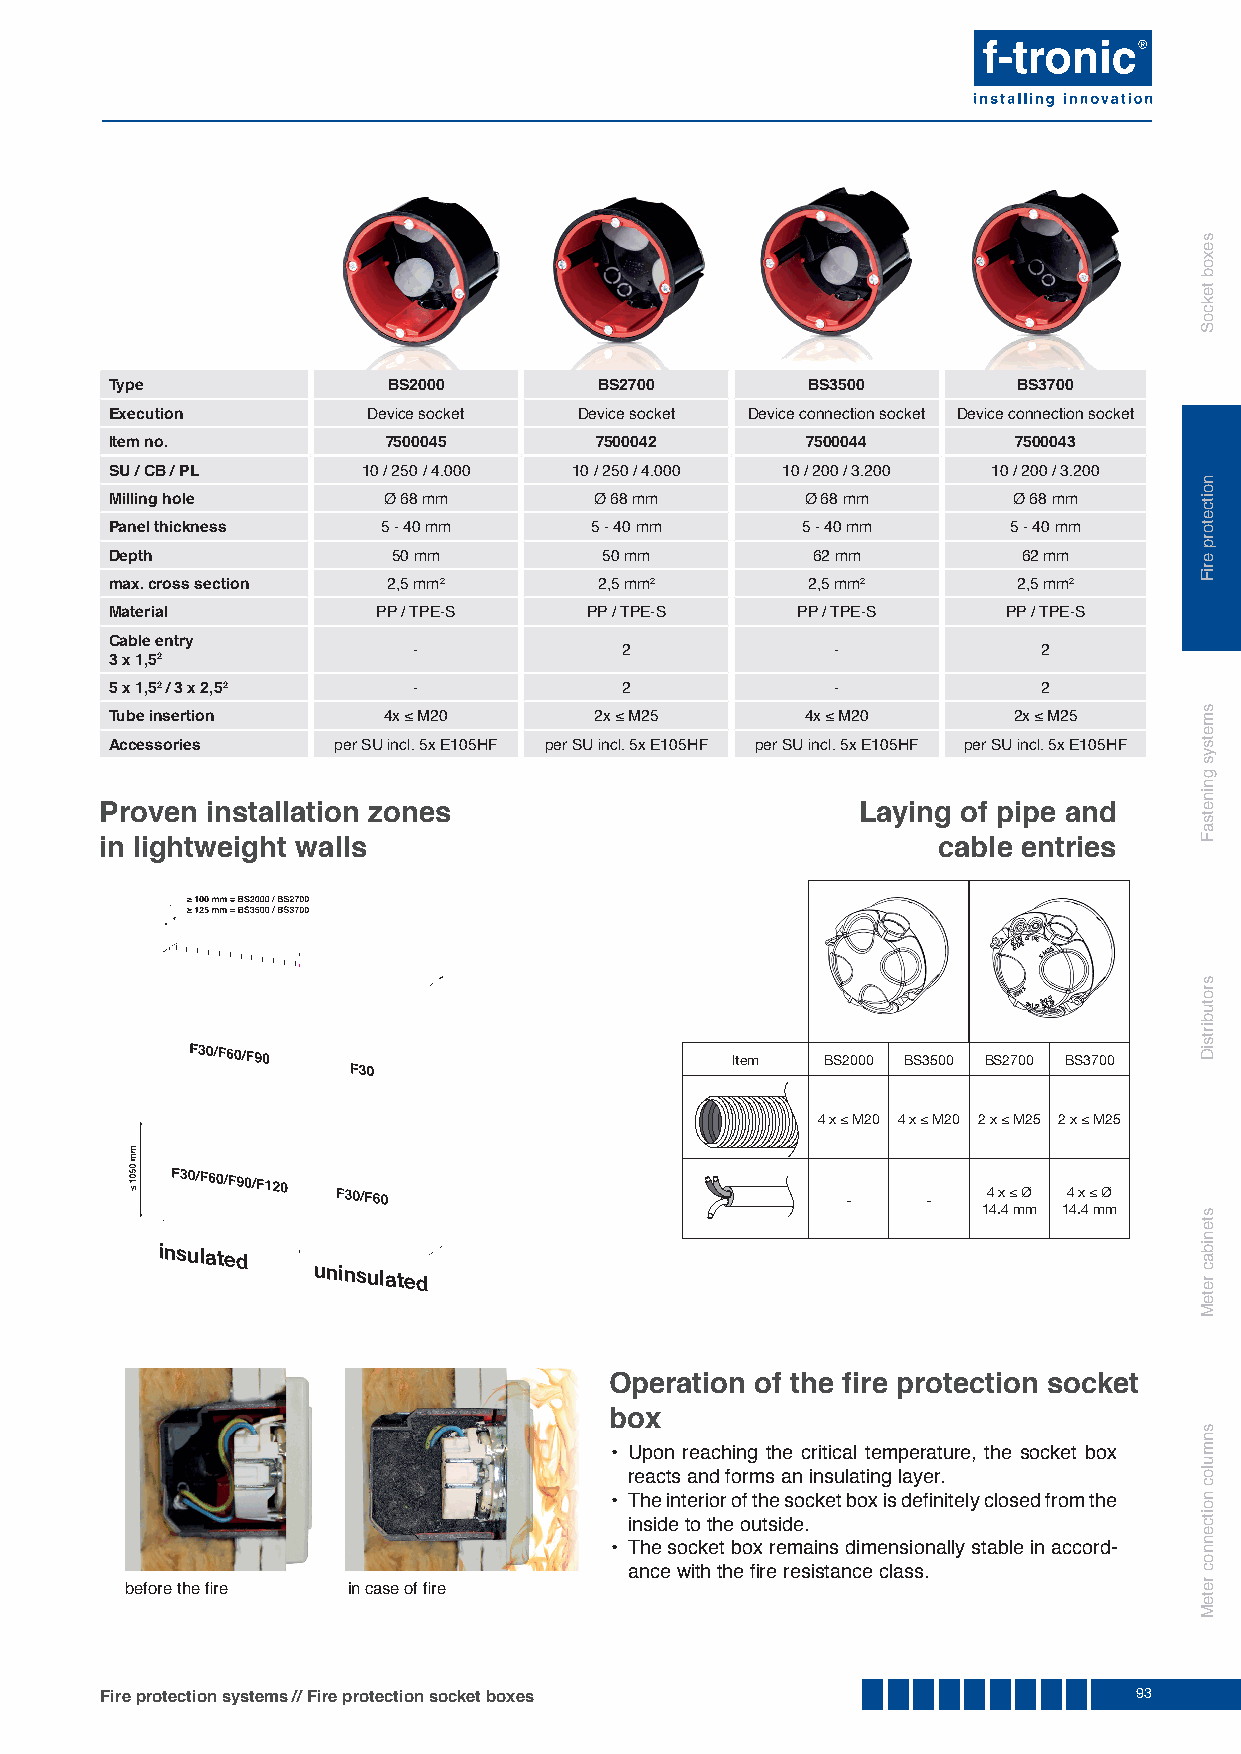
Type               BS2000        BS2700       BS3500        BS3700
 Execution        Device socket Device socket Device connection socket Device connection socket
 Item no.           7500045      7500042       7500044       7500043
 SU / CB / PL     10 / 250 / 4.000 10 / 250 / 4.000 10 / 200 / 3.200 10 / 200 / 3.200
 Milling hole      Ø 68 mm       Ø 68 mm       Ø 68 mm       Ø 68 mm
 Panel thickness   5 - 40 mm     5 - 40 mm     5 - 40 mm     5 - 40 mm
 Depth              50 mm         50 mm         62 mm         62 mm
 max. cross section 2,5 mm2       2,5 mm2      2,5 mm2       2,5 mm2
 Material          PP / TPE-S    PP / TPE-S    PP / TPE-S    PP / TPE-S
 Cable entry
 -             2             -             2
 3 x 1,52
 5 x 1,52 / 3 x 2,52 -             2             -             2
 Tube insertion    4x ≤ M20      2x ≤ M25      4x ≤ M20      2x ≤ M25
 Accessories    per SU incl. 5x E105HF per SU incl. 5x E105HF per SU incl. 5x E105HF per SU incl. 5x E105HF
 Proven installation zones                         Laying of pipe and
 in lightweight walls                                   cable entries
 Item   BS2000 BS3500 BS2700 BS3700
 4 x ≤ M20 4 x ≤ M20 2 x ≤ M25 2 x ≤ M25
 4 x ≤ Ø 4 x ≤ Ø
 -    -
 14.4 mm 14.4 mm
 Operation of the fi re protection socket
 box
 • Upon reaching the critical temperature, the socket box
 reacts and forms an insulating layer.
 • The interior of the socket box is defi nitely closed from the
 inside to the outside.
 • The socket box remains dimensionally stable in accord-
 ance with the fi re resistance class.
 before the fi re in case of fi re
 Fire protection systems // Fire protection socket boxes             93
 in s u la t e d
 u n in s u la t e d
 sexob
 tekcoS
 noitcetorp
 eriF
 smetsys
 gninetsaF
 srotubirtsiD
 stenibac
 reteM
 snmuloc
 noitcennoc
 reteM